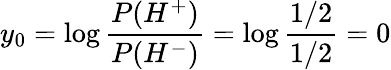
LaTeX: y_{0}=\log\frac{P(H^{+})}{P(H^{-})}=\log\frac{1/2}{1/2}=0